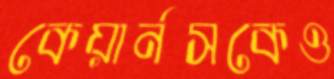
কেয়ার্নসকেও